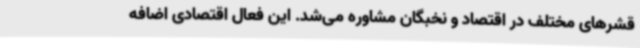
قشرهای مختلف در اقتصاد و نخبگان مشاوره می‌شد. این فعال اقتصادی اضافه